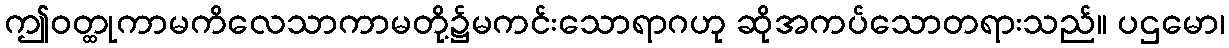
ဤဝတ္ထုကာမကိလေသာကာမတို့၌မကင်းသောရာဂဟု ဆိုအကပ်သောတရားသည်။ ပဌမော၊